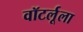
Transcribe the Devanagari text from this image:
वॉटर्लूला